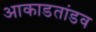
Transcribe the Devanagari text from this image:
आकाडतांडव